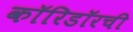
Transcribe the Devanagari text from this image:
कॉरिडॉरची